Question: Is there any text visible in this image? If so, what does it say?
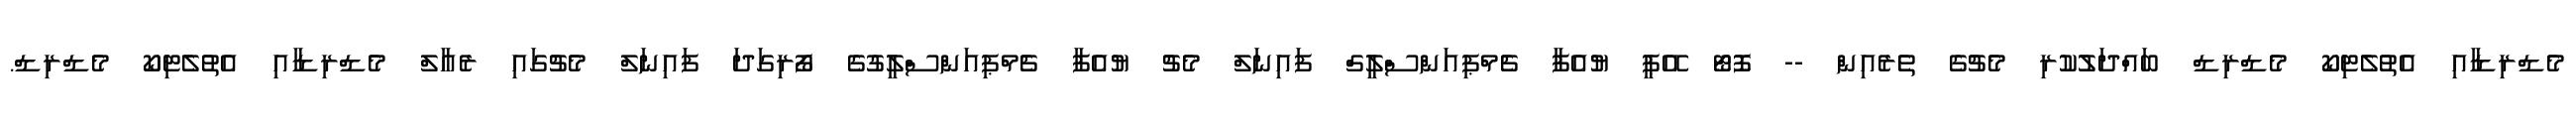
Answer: މެޑްރިޑާއި އެތުލެޓިކޯ މެޑްރިޑް ބައްދަލުކުރި މެޗުގެ ތެރެއިން -- ފޮޓޯ އޭޕީ ޔުއެފާ ޗެމްޕިއަންސްލީގް ފައިނަލް މެޗު ޔުއެފާ ޗެމްޕިއަންސްލީގުގެ ފޯރިގަދަ ފައިނަލް މެޗުގައި ރެއާލް މެޑްރިޑާއި އެތުލެޓިކޯ މެޑްރިޑް.